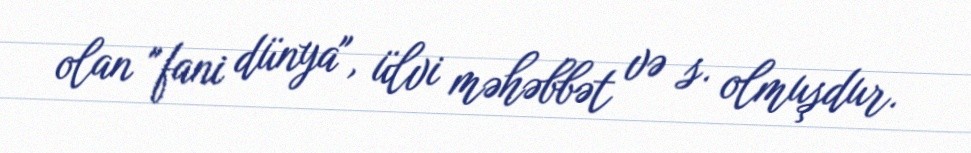
olan "fani dünya", ülvi məhəbbət və s. olmuşdur.